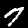
Digit: 7